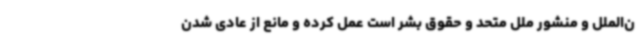
ن‌الملل و منشور ملل متحد و حقوق بشر است عمل کرده و مانع از عادی شدن